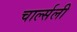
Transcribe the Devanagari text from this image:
चार्ल्सली